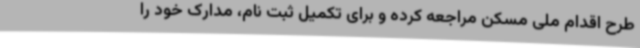
طرح اقدام ملی مسکن مراجعه کرده و برای تکمیل ثبت نام، مدارک خود را